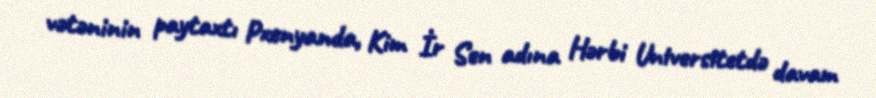
vətəninin paytaxtı Pxenyanda, Kim İr Sen adına Hərbi Universitetdə davam